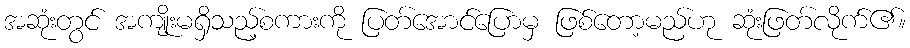
အဆုံးတွင် အကျိုးမရှိသည့်စကားကို ပြတ်အောင်ပြောမှ ဖြစ်တော့မည်ဟု ဆုံးဖြတ်လိုက်၏။